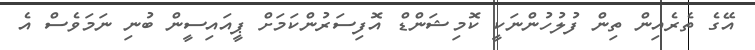
އޭގެ ތެރެއިން ތިން ފުލުހުންނަކީ ކޮމިޝަންޑް އޮފިސަރުންކަމަށް ޕީއައިސީން ބުނި ނަމަވެސް އެ